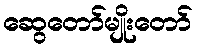
ဆွေတော်မျိုးတော်